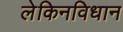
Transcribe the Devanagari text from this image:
लेकिनविधान